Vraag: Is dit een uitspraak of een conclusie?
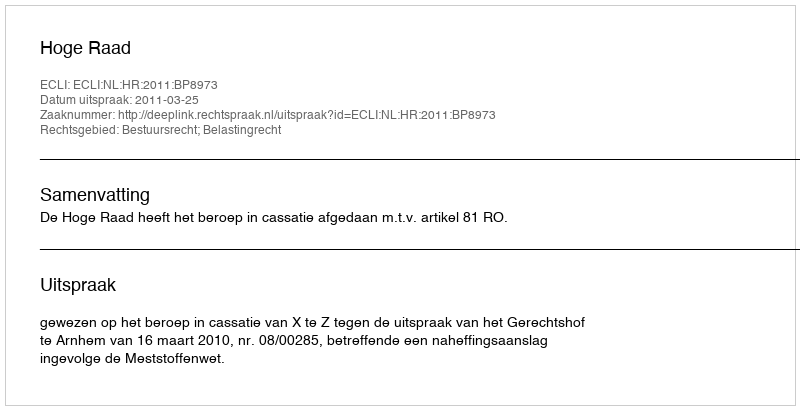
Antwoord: Uitspraak